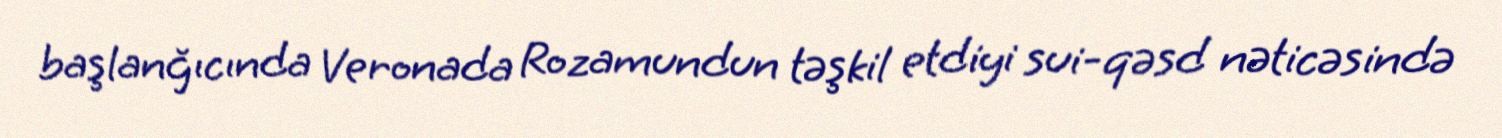
başlanğıcında Veronada Rozamundun təşkil etdiyi sui-qəsd nəticəsində